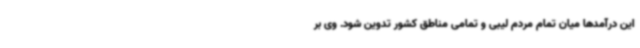
این درآمدها میان تمام مردم لیبی و تمامی مناطق کشور تدوین شود. وی بر